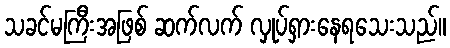
သခင်မကြီးအဖြစ် ဆက်လက် လှုပ်ရှားနေရသေးသည်။